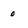
Character: 0